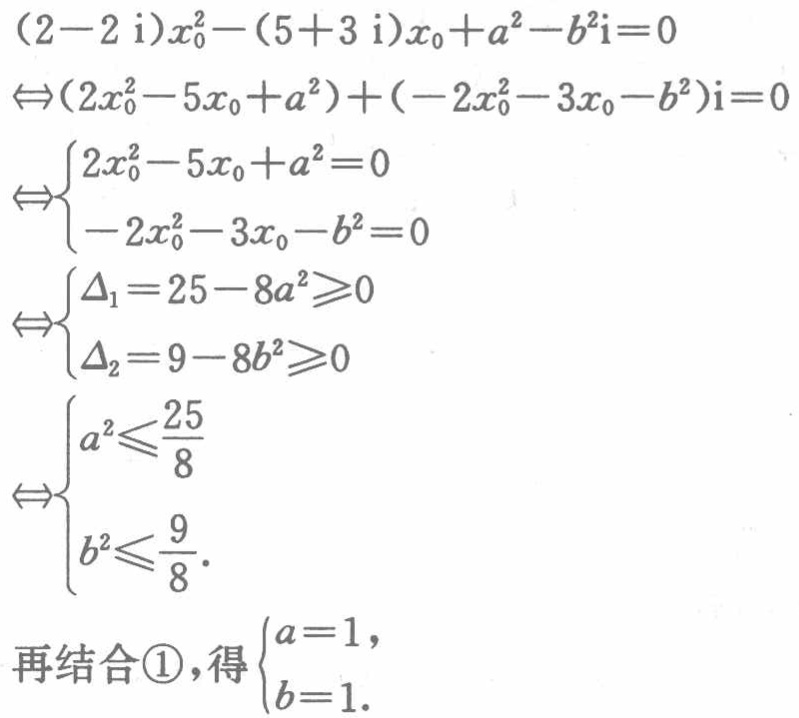
\((2 - 2i)x_0^2 - (5 + 3i)x_0 + a^2 - b^2i = 0\)

\(\Leftrightarrow(2x_0^2 - 5x_0 + a^2)+(-2x_0^2 - 3x_0 - b^2)i = 0\)

\(\Leftrightarrow\begin{cases}2x_0^2 - 5x_0 + a^2 = 0\\-2x_0^2 - 3x_0 - b^2 = 0\end{cases}\)

\(\Leftrightarrow\begin{cases}\Delta_1 = 25 - 8a^2\geq0\\\Delta_2 = 9 - 8b^2\geq0\end{cases}\)

\(\Leftrightarrow\begin{cases}a^2\leq\frac{25}{8}\\b^2\leq\frac{9}{8}\end{cases}\)

再结合\textcircled{1}，得\(\begin{cases}a = 1,\\b = 1.\end{cases}\)